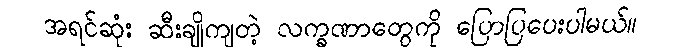
အရင်ဆုံး ဆီးချိုကျတဲ့ လက္ခဏာတွေကို ပြောပြပေးပါမယ်။